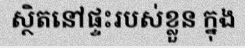
ស្ថិតនៅផ្ទះរបស់ខ្លួន ក្នុង